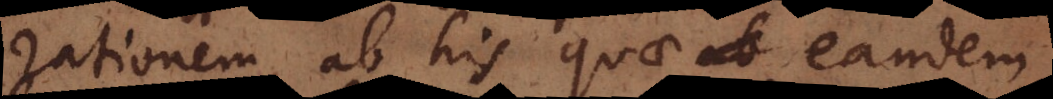
rationem, ab his quae eandem